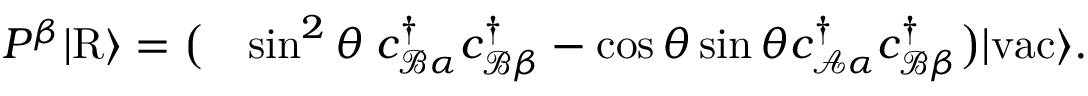
\begin{array} { r l } { P ^ { \beta } \vert \mathrm { R } \rangle = \big ( } & { \sin ^ { 2 } \theta \; { c } _ { \mathcal { B } \alpha } ^ { \dagger } { c } _ { \mathcal { B } \beta } ^ { \dagger } - \cos \theta \sin \theta { c } _ { \mathcal { A } \alpha } ^ { \dagger } { c } _ { \mathcal { B } \beta } ^ { \dagger } \big ) \vert \mathrm { v a c } \rangle . } \end{array}